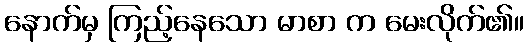
နောက်မှ ကြည့်နေသော မာစာ က မေးလိုက်၏။